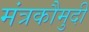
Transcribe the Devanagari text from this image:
मंत्रकौमुदी